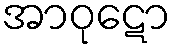
အာဝုဋော